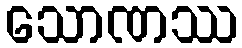
သောဏဿ